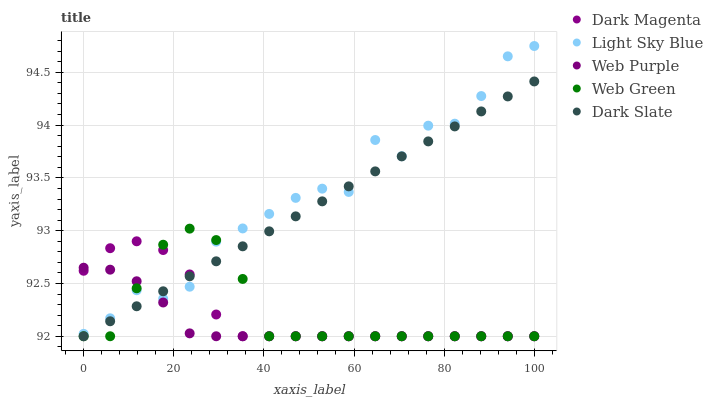
| xaxis_label | Dark Magenta | Light Sky Blue | Web Purple | Web Green | Dark Slate |
 | --- | --- | --- | --- | --- | --- |
 | 0 | 92.6 | 92 | 92.6 | 92 | 92 |
 | 5.88 | 92.8 | 92.2 | 92.6 | 92 | 92.1 |
 | 11.8 | 92.9 | 92.4 | 92.5 | 92.5 | 92.3 |
 | 17.6 | 92.8 | 92.4 | 92.3 | 92.9 | 92.4 |
 | 23.5 | 92.6 | 92.5 | 92 | 93 | 92.6 |
 | 29.4 | 92.2 | 92.9 | 92 | 92.9 | 92.7 |
 | 35.3 | 92 | 93 | 92 | 92.5 | 92.9 |
 | 41.2 | 92 | 93.2 | 92 | 92 | 93 |
 | 47.1 | 92 | 93.3 | 92 | 92 | 93.1 |
 | 52.9 | 92 | 93.4 | 92 | 92 | 93.3 |
 | 58.8 | 92 | 93.4 | 92 | 92 | 93.4 |
 | 64.7 | 92 | 93.9 | 92 | 92 | 93.6 |
 | 70.6 | 92 | 93.7 | 92 | 92 | 93.7 |
 | 76.5 | 92 | 94 | 92 | 92 | 93.8 |
 | 82.4 | 92 | 94 | 92 | 92 | 94 |
 | 88.2 | 92 | 94.3 | 92 | 92 | 94.1 |
 | 94.1 | 92 | 94.7 | 92 | 92 | 94.3 |
 | 100 | 92 | 94.7 | 92 | 92 | 94.4 |